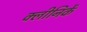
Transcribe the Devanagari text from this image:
क्लीनिकें